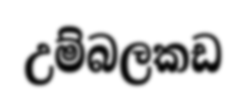
උම්බලකඩ